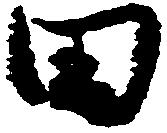
田